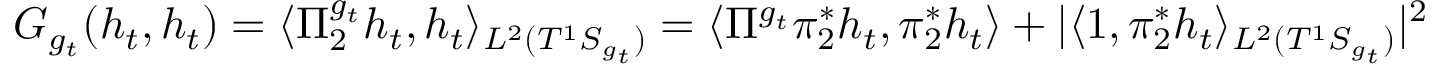
\begin{array} { r } { G _ { g _ { t } } ( h _ { t } , h _ { t } ) = \langle \Pi _ { 2 } ^ { g _ { t } } h _ { t } , h _ { t } \rangle _ { L ^ { 2 } ( T ^ { 1 } S _ { g _ { t } } ) } = \langle \Pi ^ { g _ { t } } \pi _ { 2 } ^ { * } h _ { t } , \pi _ { 2 } ^ { * } h _ { t } \rangle + | \langle 1 , \pi _ { 2 } ^ { * } h _ { t } \rangle _ { L ^ { 2 } ( T ^ { 1 } S _ { g _ { t } } ) } | ^ { 2 } } \end{array}